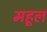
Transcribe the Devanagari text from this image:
महूल